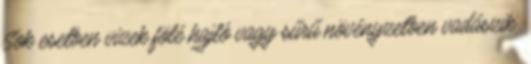
Sok esetben vizek fölé hajló vagy sűrű növényzetben vadászik.